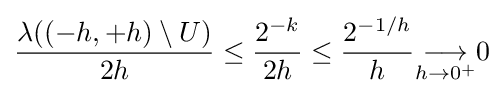
{\frac {\lambda ((-h,+h)\setminus U)}{2h}}\leq {\frac {2^{-k}}{2h}}\leq {\frac {2^{-1/h}}{h}}{\underset {h\to 0^{+}}{\longrightarrow }}0